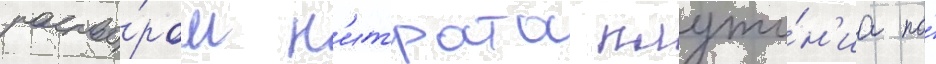
раство́ром н'итрата плуто́н'иа по́